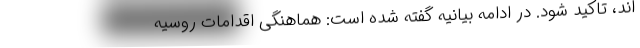
اند، تاکید شود. در ادامه بیانیه گفته شده است: هماهنگی اقدامات روسیه